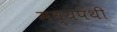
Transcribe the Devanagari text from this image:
मध्यपंथी